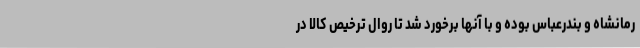
رمانشاه و بندرعباس بوده و با آنها برخورد شد تا روال ترخیص کالا در